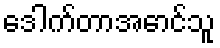
ဒေါက်တာအောင်သူ